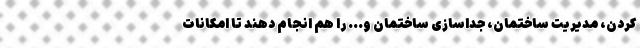
کردن، مدیریت ساختمان، جداسازی ساختمان و... را هم انجام دهند تا امکانات